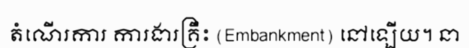
តំណើរការ ការងារគ្រឹះ (Embankment) នៅឡើយ។ នា